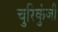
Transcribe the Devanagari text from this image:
चुरिकुंजी